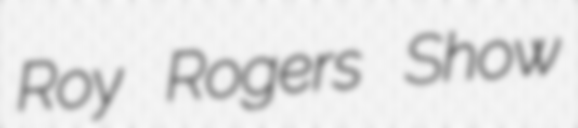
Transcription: Roy Rogers Show